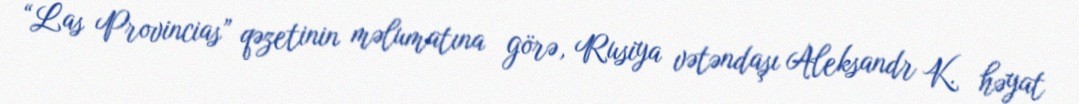
“Las Provincias” qəzetinin məlumatına görə, Rusiya vətəndaşı Aleksandr K. həyat